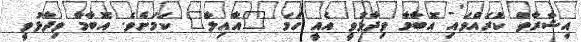
އިޝާރާތް ކުރައްވައި އޮބާމާ ވިދާޅުވީ އެއީ ހަމަ "އާއިލާ" ކަމަށެވެ. އޮބާމާ ވިދާޅުވީ